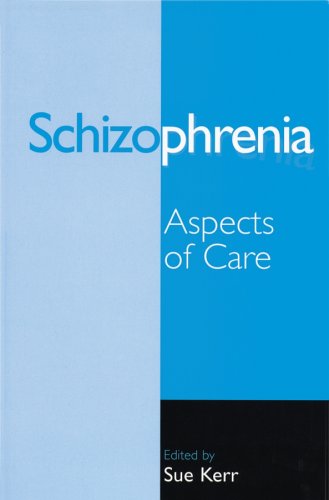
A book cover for Schizophrenia: Aspects of Care; Health, Fitness & Dieting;